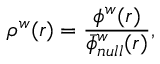
\rho ^ { w } ( r ) = \frac { \phi ^ { w } ( r ) } { \bar { \phi } _ { n u l l } ^ { w } ( r ) } ,